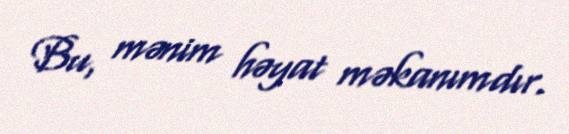
Bu, mənim həyat məkanımdır.